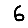
Digit: 6